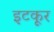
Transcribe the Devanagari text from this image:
इटकूर